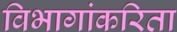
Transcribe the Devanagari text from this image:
विभागांकरिता